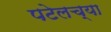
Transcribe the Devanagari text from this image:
पटेलच्या